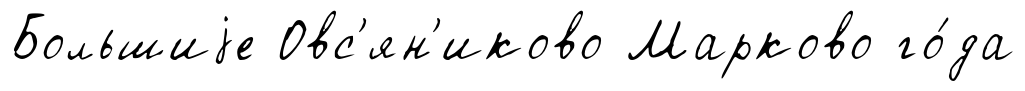
Большиjе Овс'ян'иково Марково го́да